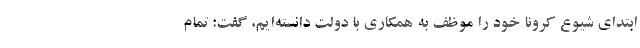
ابتدای شیوع کرونا خود را موظف به همکاری با دولت دانسته‌ایم، گفت: تمام